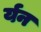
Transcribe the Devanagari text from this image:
र्यन